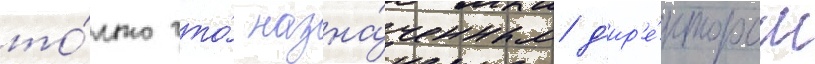
то́лько что́ назна́ченным д'ир'е́ктором